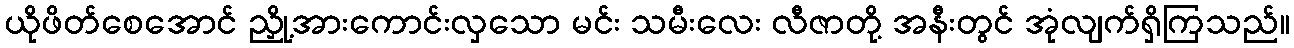
ယိုဖိတ်စေအောင် ညှို့အားကောင်းလှသော မင်း သမီးလေး လီဇာတို့ အနီးတွင် အုံလျက်ရှိကြသည်။